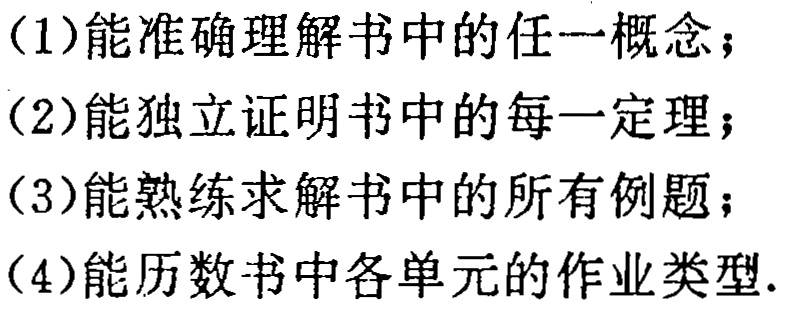
(1)能准确理解书中的任一概念；

(2)能独立证明书中的每一定理；

(3)能熟练求解书中的所有例题；

(4)能历数书中各单元的作业类型.